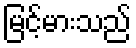
မြင့်မားသည်